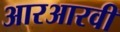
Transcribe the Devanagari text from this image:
आरआरवी